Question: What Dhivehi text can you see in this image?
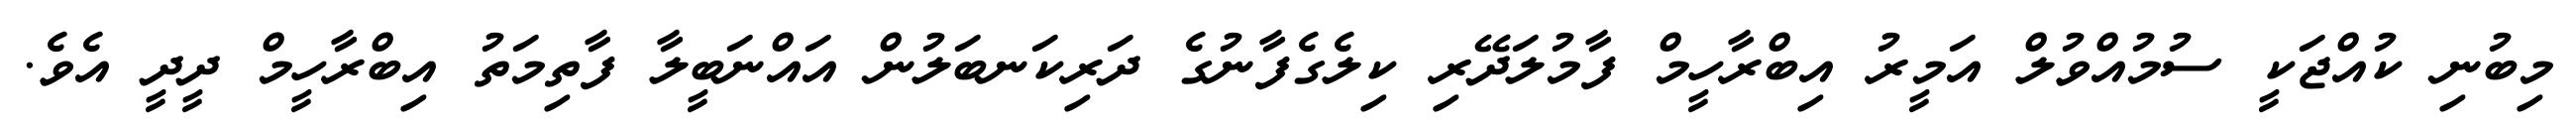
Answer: މިބުނި ކުއްޖަކީ ސުމުއްވުލް އަމީރު އިބްރާހީމް ފާމުލަދޭރި ކިލެގެފާނުގެ ދަރިކަނބަލުން އައްނަބީލާ ފާތިމަތު އިބްރާހީމް ދީދީ އެވެ.